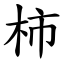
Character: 柿